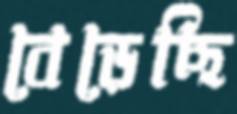
বেড়েছি